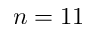
n = 1 1